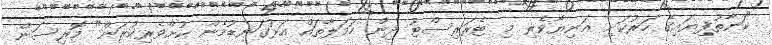
"ކަނާތުފިޔައިގެ ހަރުކަށި އަނިޔާވެރި މި ޓެރަރިސްޓު ދިން ހަމަލާތައް އަޅުގަނޑުމެން ކުށްވެރިކުރަން" މޮރިސަން